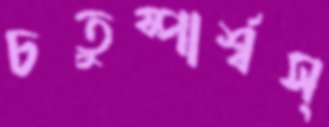
চতুষ্পার্শ্বস্